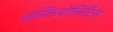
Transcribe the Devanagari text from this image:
ब्रॉन्कियोलिटिस